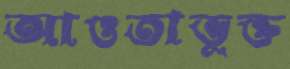
আওতাভুক্ত